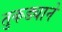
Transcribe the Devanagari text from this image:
तुकड्याने